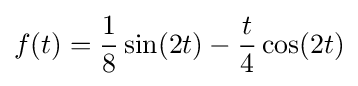
f(t)={\frac {1}{8}}\sin(2t)-{\frac {t}{4}}\cos(2t)